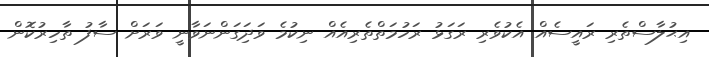
އިޙުލާސްތެރި ރައީސެއް އެކުވެރި ރަގަޅު ރަހުމަތްތެރިއެއް ނިކުމެ ވަދަިގަންނަވާނީ ވަރަށް ސާފު ތާހިރުކޮން